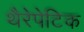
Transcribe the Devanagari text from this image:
थैरेपेटिक